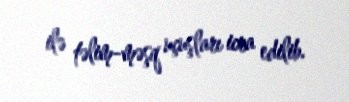
ilə təlim-məşq uçuşları icra edilib.